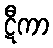
ဋီကာ